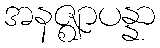
အနဇ္ဈာပန္နာ